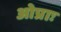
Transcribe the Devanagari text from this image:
ओप्राः